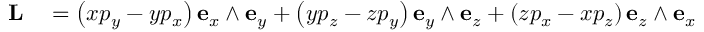
\begin{array} { r l } { \mathbf { L } } & { { } = \left( x p _ { y } - y p _ { x } \right) \mathbf { e } _ { x } \wedge \mathbf { e } _ { y } + \left( y p _ { z } - z p _ { y } \right) \mathbf { e } _ { y } \wedge \mathbf { e } _ { z } + \left( z p _ { x } - x p _ { z } \right) \mathbf { e } _ { z } \wedge \mathbf { e } _ { x } } \end{array}